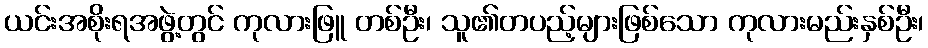
ယင်းအစိုးရအဖွဲ့တွင် ကုလားဖြူ တစ်ဦး၊ သူ၏တပည့်များဖြစ်သော ကုလားမည်းနှစ်ဦး၊